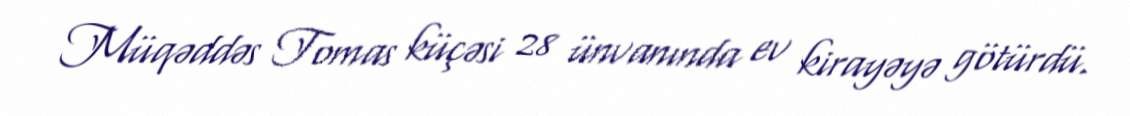
Müqəddəs Tomas küçəsi 28 ünvanında ev kirayəyə götürdü.